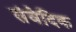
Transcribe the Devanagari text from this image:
संवेदिक